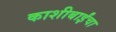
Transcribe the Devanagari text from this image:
काशीबाईंचा